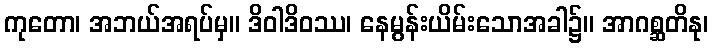
ကုတော၊ အဘယ်အရပ်မှ။ ဒိဝါဒိဝဿ၊ နေမွန်းယိမ်းသောအခါ၌။ အာဂစ္ဆတိနု၊